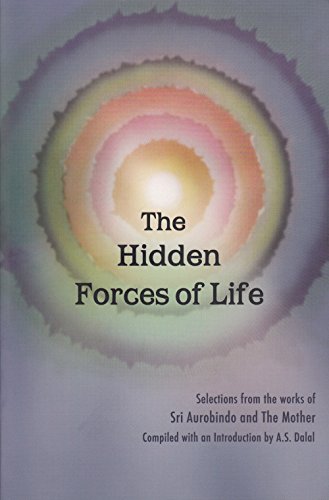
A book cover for The Hidden Forces Of life; Sri Aurobindo; Religion & Spirituality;